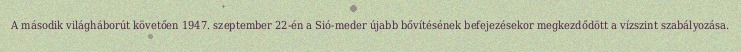
A második világháborút követően 1947. szeptember 22-én a Sió-meder újabb bővítésének befejezésekor megkezdődött a vízszint szabályozása.